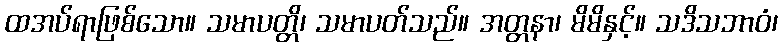
ထအပ်ရာဖြစ်သော။ သမာပတ္တိ၊ သမာပတ်သည်။ အတ္တနာ၊ မိမိနှင့်။ သဒိသဘာဝံ၊